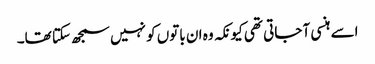
اسے ہنسی آ جاتی تھی کیونکہ وہ ان باتوں کو نہیں سمجھ سکتا تھا۔